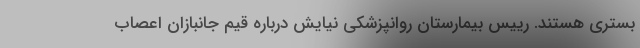
بستری هستند. رییس بیمارستان روانپزشکی نیایش درباره قیم جانبازان اعصاب